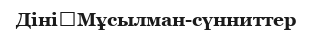
Діні	Мұсылман-сүнниттер